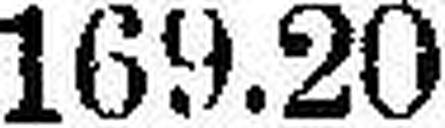
169.20